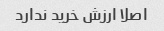
اصلا ارزش خرید ندارد